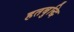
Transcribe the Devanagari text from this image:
हतबुद्धि